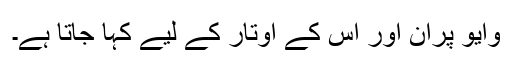
وایو پران اور اس کے اوتار کے لیے کہا جاتا ہے۔